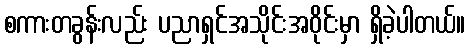
စကားတခွန်းလည်း ပညာရှင်အသိုင်းအဝိုင်းမှာ ရှိခဲ့ပါတယ်။